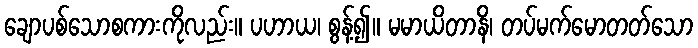
ချောပစ်သောစကားကိုလည်း။ ပဟာယ၊ စွန့်၍။ မမာယိတာနိ၊ တပ်မက်မောတတ်သော